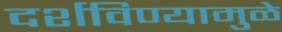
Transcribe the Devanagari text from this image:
दर्शविण्यामुळे